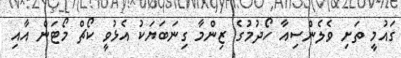
ގައުމީ ތަށި ވެލެންސިއާ ހޯދުމުގެ ޒިންމާ ގިނަބަޔަކު އެޅުވީ ކޯޗް މޯޓަން އާއި